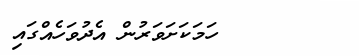
١٠        ހަމަކަށަވަރުން އެދުވަހެއްގައި